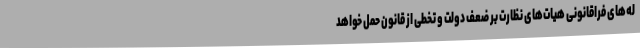
له‌های فراقانونی هیات‌های نظارت بر ضعف دولت و تخطی از قانون حمل خواهد